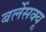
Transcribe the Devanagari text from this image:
बर्लेसक्यू